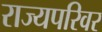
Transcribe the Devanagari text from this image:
राज्यपरिवर